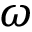
\omega